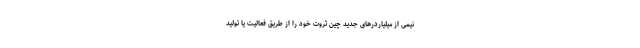
نیمی از میلیاردرهای جدید چین ثروت خود را از طریق فعالیت یا تولید